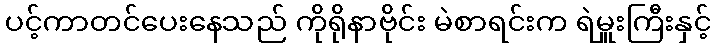
ပင့်ကာတင်ပေးနေသည် ကိုရိုနာဗိုင်း မဲစာရင်းက ရဲမှူးကြီးနှင့်